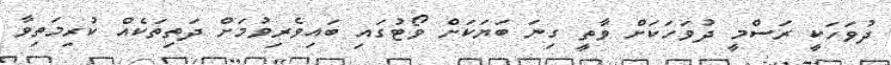
ދުވަހަކީ ރަސްމީ ދުވަހަކަށް ވާތީ ގިނަ ބަޔަކަށް ވޯޓުގައި ބައިވެރިވުމަށް ދަތިތަކެއް ކުރިމަތިވާ